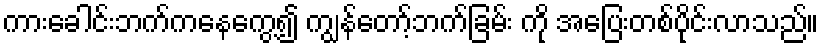
ကားခေါင်းဘက်ကနေကွေ့၍ ကျွန်တော့်ဘက်ခြမ်း ကို အပြေးတစ်ပိုင်းလာသည်။